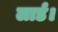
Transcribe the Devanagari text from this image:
लार्ड।